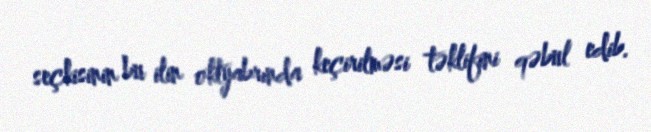
seçkisinin bu ilin oktyabrında keçirilməsi təklifini qəbul edib.